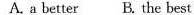
A. a better B. The best